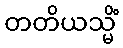
တတိယသ္မိံ